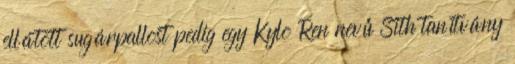
ellátott sugárpallost pedig egy Kylo Ren nevű Sith tanítvány